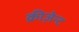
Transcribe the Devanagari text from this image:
क्रीज़ेन्ट